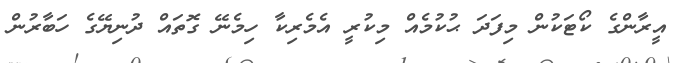
އީރާންގެ ކޯޓަކުން މިފަދަ ޙުކުމެއް މިކުރީ އެމެރިކާ ހިމެނޭ ގޮތައް ދުނިޔޭގެ ހަބާރުން